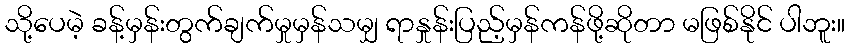
သို့ပေမဲ့ ခန့်မှန်းတွက်ချက်မှုမှန်သမျှ ရာနှုန်းပြည့်မှန်ကန်ဖို့ဆိုတာ မဖြစ်နိုင် ပါဘူး။